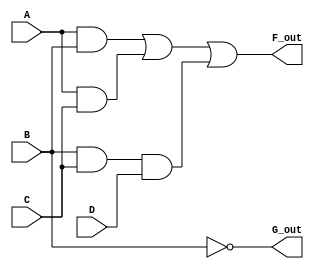
module multi_level_logic_block (
    input wire A,
    input wire B,
    input wire C,
    input wire D,
    output wire F_out,
    output wire G_out
);

// Intermediate nodes
wire AB;  // Intermediate node for AND operation
wire AC;  // Intermediate node for AND operation
wire BCD; // Intermediate node for AND operation
wire NOT_B; // Intermediate node for NOT operation
wire OR1;  // Intermediate node for OR operation
wire OR2;  // Intermediate node for OR operation

// Logic Functions
// F_out = (A AND B) OR (A AND C) OR (B AND C AND D)
assign AB = A & B;       // AB = A AND B
assign AC = A & C;       // AC = A AND C
assign BCD = B & C & D;  // BCD = B AND C AND D
assign OR1 = AB | AC;    // OR1 = AB OR AC
assign F_out = OR1 | BCD; // F_out = OR1 OR BCD

// G_out = NOT(B)
assign NOT_B = ~B;      // NOT operation
assign G_out = NOT_B;   // G_out = NOT(B)

endmodule